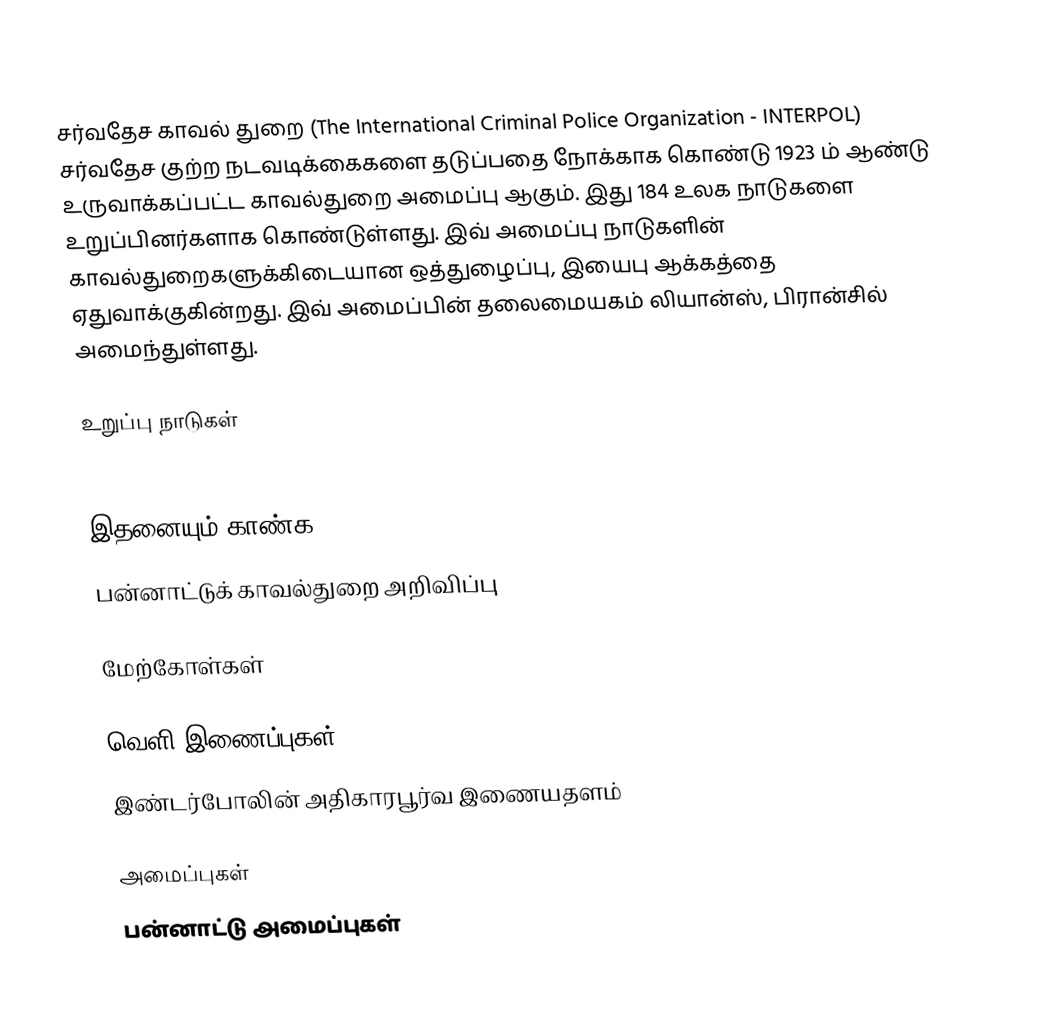
சர்வதேச காவல் துறை (The International Criminal Police Organization - INTERPOL) சர்வதேச குற்ற நடவடிக்கைகளை தடுப்பதை நோக்காக கொண்டு 1923 ம் ஆண்டு உருவாக்கப்பட்ட காவல்துறை அமைப்பு ஆகும். இது 184 உலக நாடுகளை உறுப்பினர்களாக கொண்டுள்ளது. இவ் அமைப்பு நாடுகளின் காவல்துறைகளுக்கிடையான ஒத்துழைப்பு, இயைபு ஆக்கத்தை ஏதுவாக்குகின்றது. இவ் அமைப்பின் தலைமையகம் லியான்ஸ், பிரான்சில் அமைந்துள்ளது.

உறுப்பு நாடுகள்
Sub-bureaus shown in italics.

இதனையும் காண்க
 பன்னாட்டுக் காவல்துறை அறிவிப்பு

மேற்கோள்கள்

வெளி இணைப்புகள்
 இண்டர்போலின் அதிகாரபூர்வ இணையதளம்

அமைப்புகள்
பன்னாட்டு அமைப்புகள்